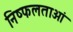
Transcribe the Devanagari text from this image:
निष्फलताओं